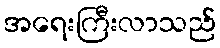
အရေးကြီးလာသည်